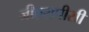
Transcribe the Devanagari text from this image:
जीएसपीसी